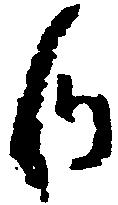
候